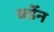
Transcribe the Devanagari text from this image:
बर्डेन